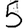
Digit: 5